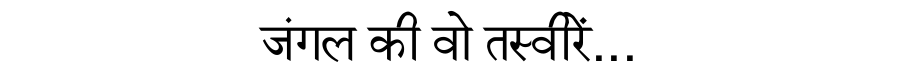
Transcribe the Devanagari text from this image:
जंगल की वो तस्वीरें...